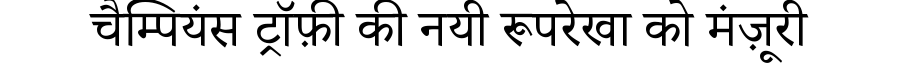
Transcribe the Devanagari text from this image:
चैम्पियंस ट्रॉफ़ी की नयी रूपरेखा को मंज़ूरी